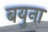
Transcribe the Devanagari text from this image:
बयुना